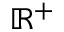
\mathbb { R } ^ { + }